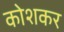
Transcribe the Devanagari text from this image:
कोशकर